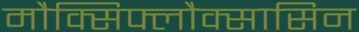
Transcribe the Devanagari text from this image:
मौक्सिफ्लौक्सासिन